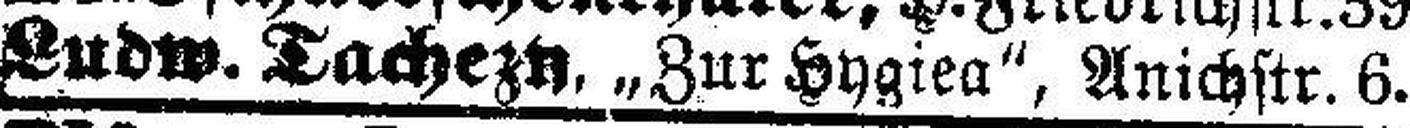
Ludw. Tachezy, „Zur Hygiea“, Anichstr. 6.